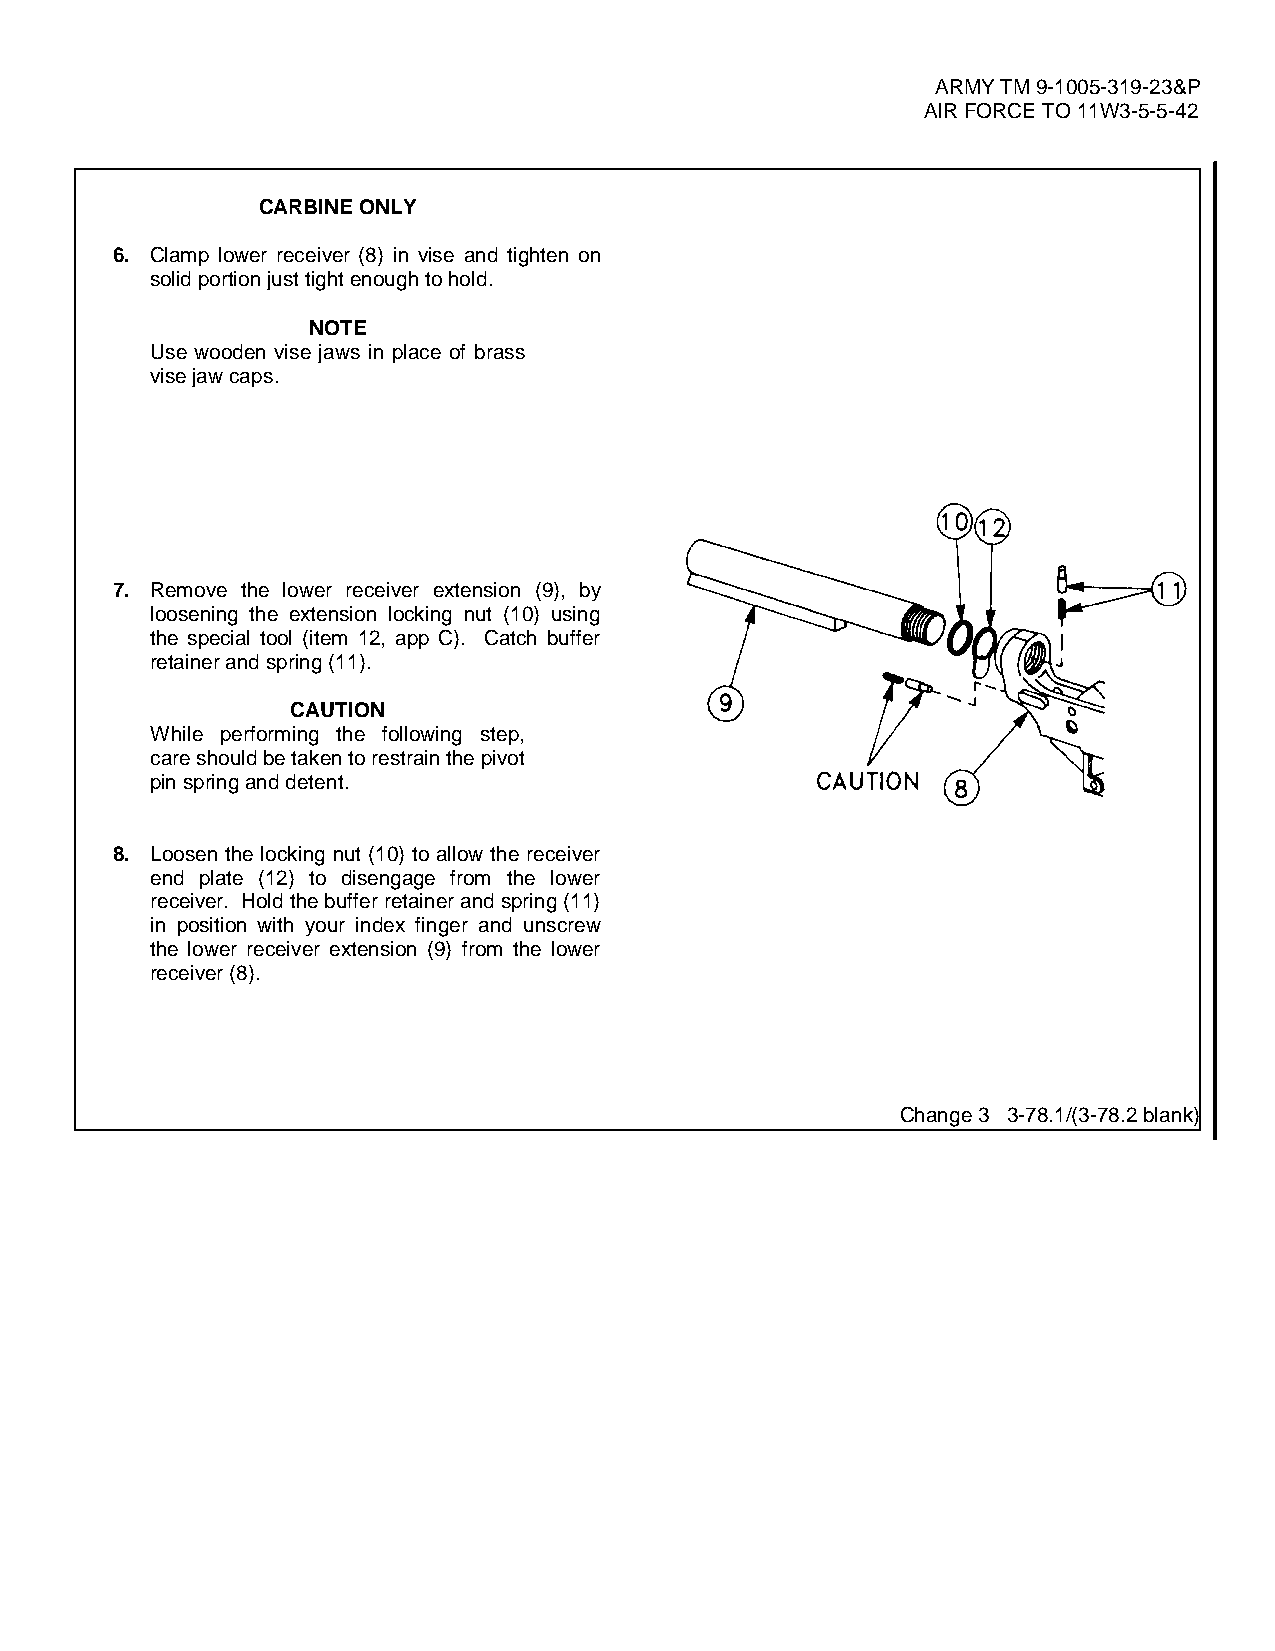
ARMY TM 9-1005-319-23&P
 AIR FORCE TO 11W3-5-5-42
 CARBINE ONLY
 6. Clamp lower receiver (8) in vise and tighten on
 solid portion just tight enough to hold.
 NOTE
 Use wooden vise jaws in place of brass
 vise jaw caps.
 7. Remove the lower receiver extension (9), by
 loosening the extension locking nut (10) using
 the special tool (item 12, app C). Catch buffer
 retainer and spring (11).
 CAUTION
 While performing the following step,
 care should be taken to restrain the pivot
 pin spring and detent.
 8. Loosen the locking nut (10) to allow the receiver
 end plate (12) to disengage from the lower
 receiver. Hold the buffer retainer and spring (11)
 in position with your index finger and unscrew
 the lower receiver extension (9) from the lower
 receiver (8).
 Change 3 3-78.1/(3-78.2 blank)